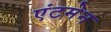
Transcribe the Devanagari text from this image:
एंटमेन